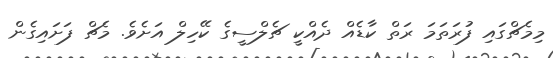
މިމެޗްގައި ފުރަތަމަ ރަތް ކާޑެއް ދެއްކީ ޗެލްސީގެ ކޭހިލް އަށެވެ. މެޗް ފަށައިގެން